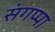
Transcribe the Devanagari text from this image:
संगप्पा